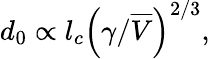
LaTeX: d_{0}\propto l_{c}\left(\gamma/\overline{{V}}\right)^{2/3},